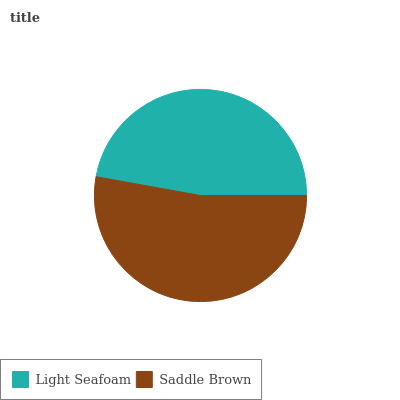
| Light Seafoam | Saddle Brown |
 | --- | --- |
 | 47.1% | 52.9% |